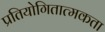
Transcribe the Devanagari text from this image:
प्रतियोगितात्मकता